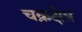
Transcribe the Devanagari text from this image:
चक्रक्षेत्र